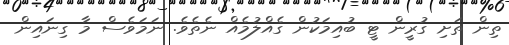
ތިން ތަށި ގުރީން ޓީ ބުއިމަކުން ގެއްލުމެއް ނެތެވެ. ނަމަވެސް މާ ގިނައިން